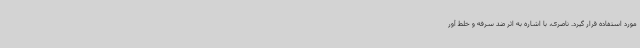
مورد استفاده قرار گیرد. ناصری، با اشاره به اثر ضد سرفه و خلط آور